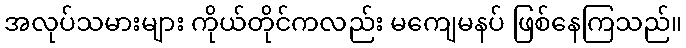
အလုပ်သမားများ ကိုယ်တိုင်ကလည်း မကျေမနပ် ဖြစ်နေကြသည်။